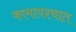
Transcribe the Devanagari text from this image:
कामापश्चात